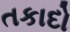
તકાદો